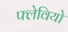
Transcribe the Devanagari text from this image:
फ्लेवियो